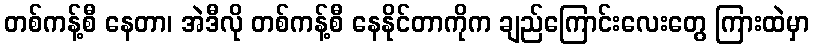
တစ်ကန့်စီ နေတာ၊ အဲဒီလို တစ်ကန့်စီ နေနိုင်တာကိုက ချည်ကြောင်းလေးတွေ ကြားထဲမှာ